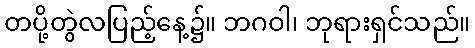
တပို့တွဲလပြည့်နေ့၌။ ဘဂဝါ၊ ဘုရားရှင်သည်။